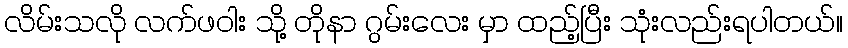
လိမ်းသလို လက်ဖဝါး သို့ တိုနာ ဂွမ်းလေး မှာ ထည့်ပြီး သုံးလည်းရပါတယ်။